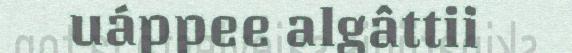
uáppee algâttii